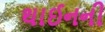
થાઈનની